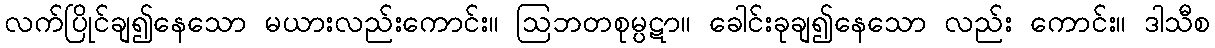
လက်ပြိုင်ချ၍နေသော မယားလည်းကောင်း။ ဩဘတစုမ္ပဋာ။ ခေါင်းခုချ၍နေသော လည်း ကောင်း။ ဒါသီစ